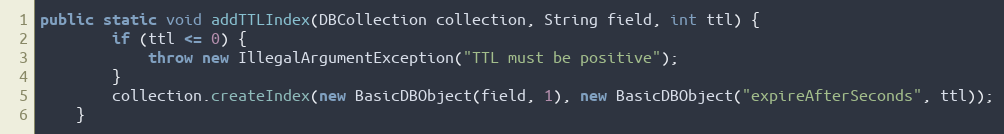
Language: Java
public static void addTTLIndex(DBCollection collection, String field, int ttl) {
        if (ttl <= 0) {
            throw new IllegalArgumentException("TTL must be positive");
        }
        collection.createIndex(new BasicDBObject(field, 1), new BasicDBObject("expireAfterSeconds", ttl));
    }